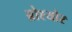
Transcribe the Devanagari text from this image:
ब्रोश्योर